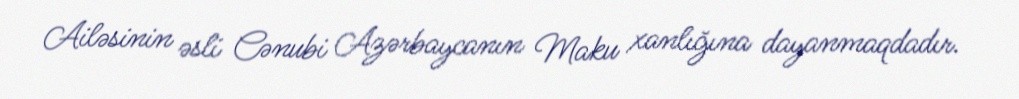
Ailəsinin əsli Cənubi Azərbaycanın Maku xanlığına dayanmaqdadır.